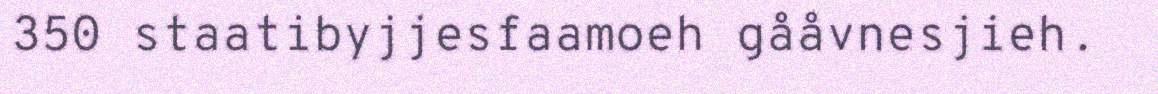
350 staatibyjjesfaamoeh gååvnesjieh.